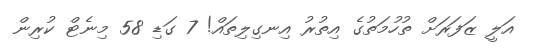
އަލީ ޒަފަރަށް ތުހުމަތުގެ އިތުރު އިނގިލިތައް! 7 ގަޑި 58 މިނެޓް ކުރިން